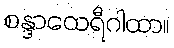
စန္ဒာထေရီဂါထာ။